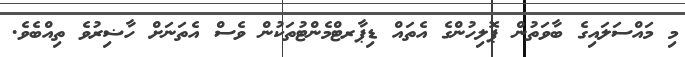
މި މައްސަލައިގެ ބާވަތުން ޕޮލިހުންގެ އެތައް ޑިޕާރޓްމެންޓުތަކުން ވެސް އެތަނަށް ހާޟިރުވެ ތިއްބެވެ.